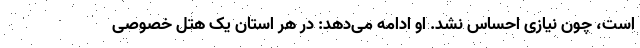
است، چون نیازی احساس نشد. او ادامه می‌دهد: در هر استان یک هتل خصوصی